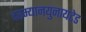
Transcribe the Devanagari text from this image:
दरम्यानयुनायटेड